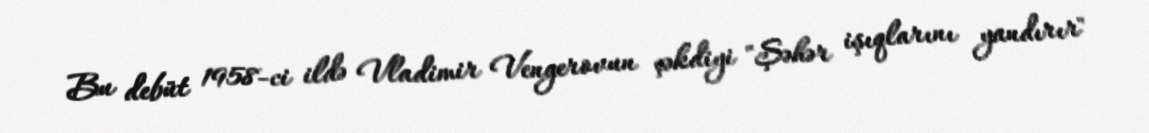
Bu debüt 1958-ci ildə Vladimir Vengerovun çəkdiyi "Şəhər işıqlarını yandırır"